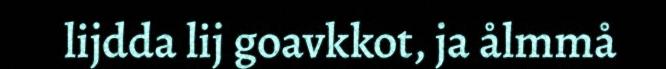
lijdda lij goavkkot, ja ålmmå